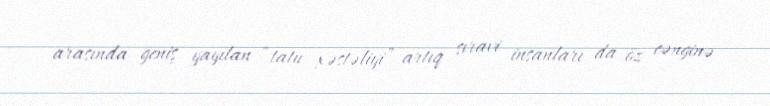
arasında geniş yayılan “tatu xəstəliyi” artıq sıravi insanları da öz cənginə